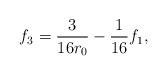
LaTeX: \begin{align*}f_3 = \frac{3}{16r_0} - \frac{1}{16} f_1,\end{align*}